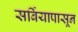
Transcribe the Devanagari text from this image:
सर्बियापासून